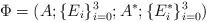
LaTeX: \begin{align*}\Phi=(A; \{E_i\}^3_{i=0}; A^*; \{E^*_i\}^3_{i=0})\end{align*}